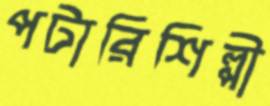
পটারিশিল্পী